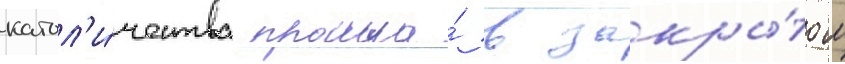
катол'и́чества прошла́ в закры́том